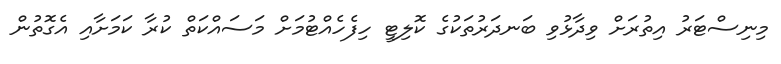
މިނިސްޓަރު އިތުރަށް ވިދާޅުވި ބަނދަރުތަކުގެ ކޮލިޓީ ހިފެހެއްޓުމަށް މަސައްކަތް ކުރާ ކަމަށާއި އެގޮތުން